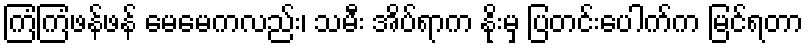
ကြံကြံဖန်ဖန် မေမေကလည်း၊ သမီး အိပ်ရာက နိုးမှ ပြတင်းပေါက်က မြင်ရတာ